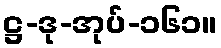
ဋ္ဌ-ဒု-အုပ်-၁၆၁။